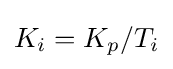
K_{i}=K_{p}/T_{i}